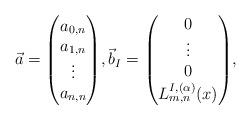
LaTeX: \begin{gather*}\vec{a}=\begin{pmatrix}a_{0,n}\\ a_{1,n}\\ \vdots\\ a_{n,n}\end{pmatrix}\!,\vec{b}_I=\begin{pmatrix}0\\ \vdots\\ 0\\ L_{m,n}^{I,(\alpha)}(x)\end{pmatrix}\!,\end{gather*}